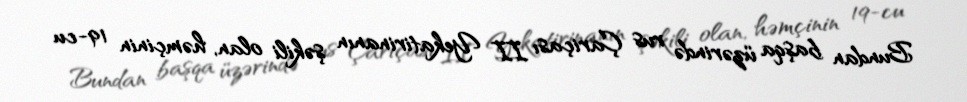
Bundan başqa üzərində rus Çariçası II Yekatirinanın şəkili olan, həmçinin 19-cu